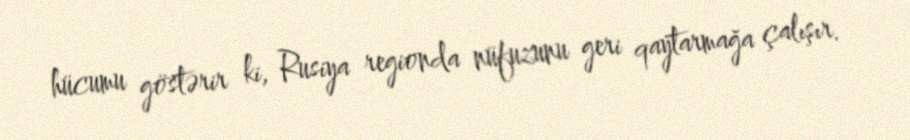
hücumu göstərir ki, Rusiya regionda nüfuzunu geri qaytarmağa çalışır.